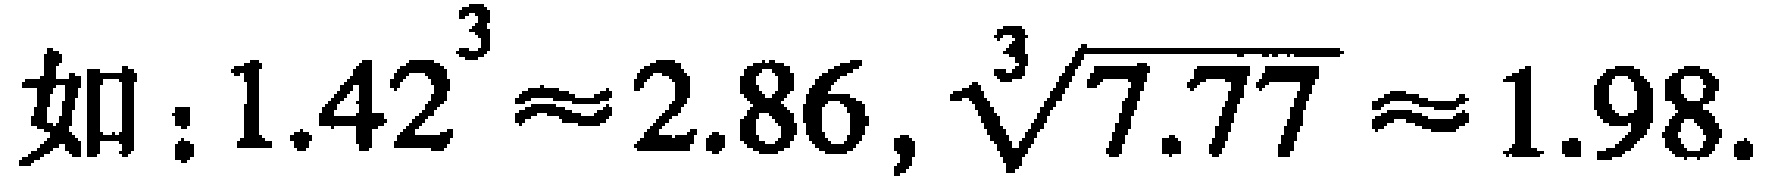
如：$1.42^{3}\approx 2.86,\sqrt[3]{7.77}\approx 1.98.$